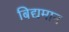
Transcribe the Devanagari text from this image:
बिद्यमान